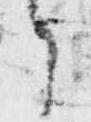
ら